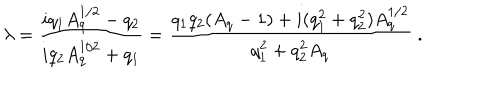
LaTeX: \lambda = { \frac { i q _ { 1 } A _ { q } ^ { 1 / 2 } - q _ { 2 } } { i q _ { 2 } A _ { q } ^ { 1 / 2 } + q _ { 1 } } } = { \frac { q _ { 1 } q _ { 2 } ( A _ { q } - 1 ) + i ( q _ { 1 } ^ { 2 } + q _ { 2 } ^ { 2 } ) A _ { q } ^ { 1 / 2 } } { q _ { 1 } ^ { 2 } + q _ { 2 } ^ { 2 } A _ { q } } } \ .